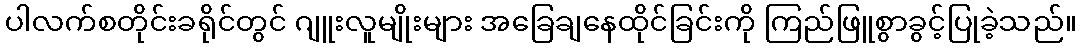
ပါလက်စတိုင်းခရိုင်တွင် ဂျူးလူမျိုးများ အခြေချနေထိုင်ခြင်းကို ကြည်ဖြူစွာခွင့်ပြုခဲ့သည်။